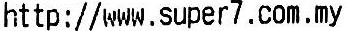
HTTP://WWW.SUPER7.COM.MY